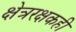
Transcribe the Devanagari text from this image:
क्षेत्ररक्षकही